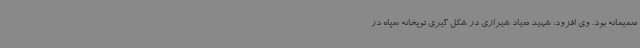
صمیمانه بود. وی افزود: شهید صیاد شیرازی در شکل گیری توپخانه سپاه در